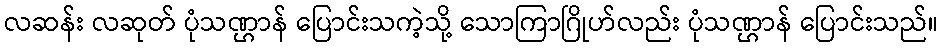
လဆန်း လဆုတ် ပုံသဏ္ဌာန် ပြောင်းသကဲ့သို့ သောကြာဂြိုဟ်လည်း ပုံသဏ္ဌာန် ပြောင်းသည်။